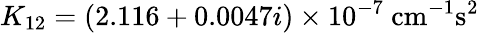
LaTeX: K_{12}=(2.116+0.0047i)\times 10^{-7}~\mathrm{cm^{-1}s^{2}}